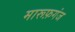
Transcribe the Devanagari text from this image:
मारूफ़गंज